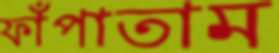
ফাঁপাতাম